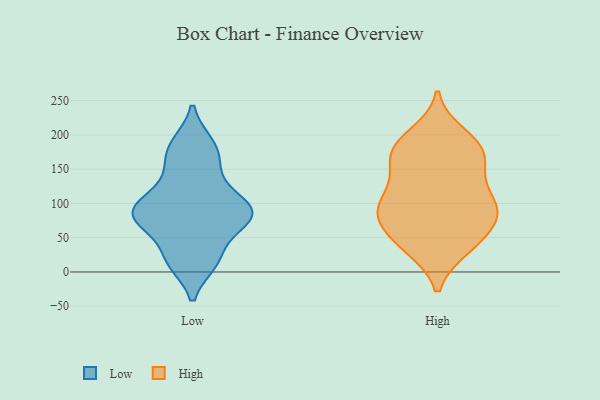
{"axis": {"x": "Bounce Rate (%)", "y": "Value"}, "legend": ["High", "Low"], "data": [{"x": "", "y": 110, "type": "Low"}, {"x": "", "y": 14, "type": "Low"}, {"x": "", "y": 159, "type": "Low"}, {"x": "", "y": 97, "type": "Low"}, {"x": "", "y": 63, "type": "Low"}, {"x": "", "y": 149, "type": "Low"}, {"x": "", "y": 89, "type": "Low"}, {"x": "", "y": 77, "type": "Low"}, {"x": "", "y": 19, "type": "Low"}, {"x": "", "y": 185, "type": "Low"}, {"x": "", "y": 85, "type": "Low"}, {"x": "", "y": 17, "type": "Low"}, {"x": "", "y": 187, "type": "Low"}, {"x": "", "y": 73, "type": "Low"}, {"x": "", "y": 107, "type": "Low"}, {"x": "", "y": 80, "type": "Low"}, {"x": "", "y": 176, "type": "High"}, {"x": "", "y": 99, "type": "High"}, {"x": "", "y": 39, "type": "High"}, {"x": "", "y": 76, "type": "High"}, {"x": "", "y": 182, "type": "High"}, {"x": "", "y": 98, "type": "High"}, {"x": "", "y": 76, "type": "High"}, {"x": "", "y": 54, "type": "High"}, {"x": "", "y": 160, "type": "High"}, {"x": "", "y": 89, "type": "High"}, {"x": "", "y": 100, "type": "High"}, {"x": "", "y": 36, "type": "High"}, {"x": "", "y": 200, "type": "High"}, {"x": "", "y": 146, "type": "High"}, {"x": "", "y": 82, "type": "High"}, {"x": "", "y": 35, "type": "High"}, {"x": "", "y": 179, "type": "High"}, {"x": "", "y": 112, "type": "High"}, {"x": "", "y": 143, "type": "High"}, {"x": "", "y": 186, "type": "High"}]}